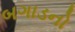
બગાડનો